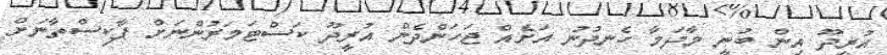
އުރީދޫ އިން ބުނީ މާދަމާ ހެނދުނު އަށެއް ޖަހަންދެން އުރީދޫ ކަސްޓަމަރުންނަށް ޕާކިސްތާނަށް